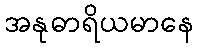
အနုဓာရိယမာနေ